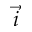
\vec { i }